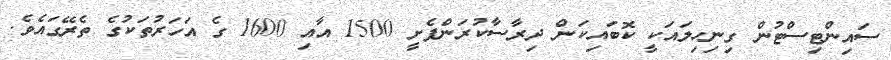
ސައިންޓިސްޓުން ގިނިހިލައަކީ ކޮބައިކަން ދިރާސާކުރަންފެށީ 1500 އާއި 1600 ގެ އަހަރުތަކުގެ ތެރޭގައެވެ.